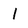
Character: 1